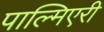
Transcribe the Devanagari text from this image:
पाल्मिएरी